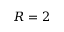
R = 2